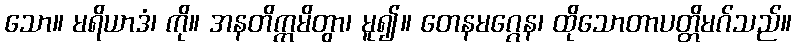
သော။ မရိယာဒံ၊ ကို။ အနတိက္ကမိတွာ၊ မူ၍။ တေနမဂ္ဂေန၊ ထိုသောတာပတ္တိမဂ်သည်။